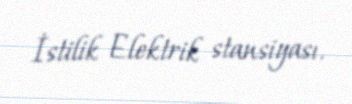
İstilik Elektrik stansiyası.